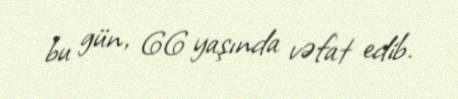
bu gün, 66 yaşında vəfat edib.